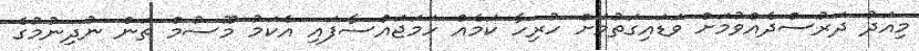
މިއަދު ދަރުސްދެއްވުމަށް ވަޑައިގަތުމަށް ހުރިހާ ކަމެއް ހަމަޖައްސާފައި އެކަމު މޫސުމް ތަން ނުދިނުމުގެ